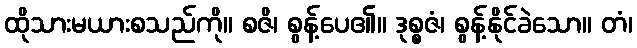
ထိုသားမယားစသည်ကို။ စဇိ၊ စွန့်ပေ၏။ ဒုစ္စဇံ၊ စွန့်နိုင်ခဲသော။ တံ၊